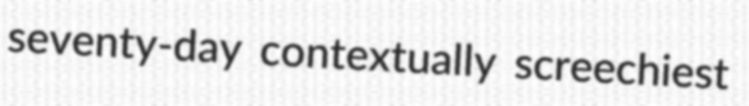
seventy-day contextually screechiest